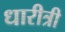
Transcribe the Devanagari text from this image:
धारीत्री